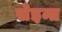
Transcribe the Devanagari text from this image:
सेइन्त